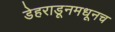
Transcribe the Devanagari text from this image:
डेहराडूनमधूनच